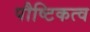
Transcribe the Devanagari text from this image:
पौष्टिकत्व